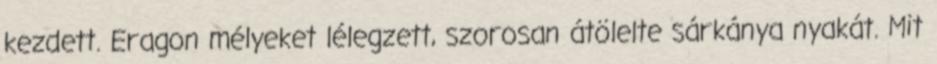
kezdett. Eragon mélyeket lélegzett, szorosan átölelte sárkánya nyakát. Mit